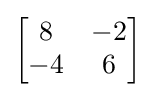
{\begin{bmatrix}8&-2\\-4&6\end{bmatrix}}